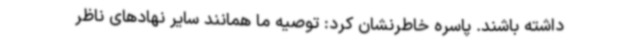
داشته باشند. پاسره خاطرنشان کرد: توصیه ما همانند سایر نهادهای ناظر